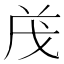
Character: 𭟱